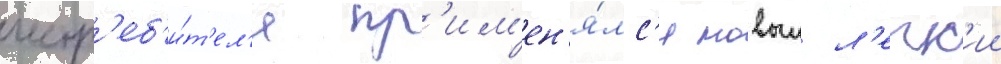
истр'еб'и́т'ел'я пр'им'ен'я́лс'я новыи л'егк'ии